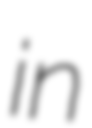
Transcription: in